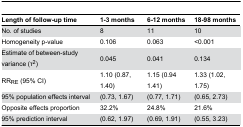
| Length of follow-up time | 1-3 months | 6-12 months | 18-98 months |
 | --- | --- | --- | --- |
 | No. of studies | 8 | 11 | 10 |
 | Homogeneity p-value | 0.106 | 0.063 | <0.001 |
 | Estimate of between-study variance (τ2) | 0.045 | 0.041 | 0.134 |
 | RRRE (95% CI) | 1.10 (0.87, 1.40) | 1.15 (0.94 1.41) | 1.33 (1.02, 1.75) |
 | 95% population effects interval | (0.73, 1.67) | (0.77, 1.71) | (0.65, 2.73) |
 | Opposite effects proportion | 32.2% | 24.8% | 21.6% |
 | 95% prediction interval | (0.62, 1.97) | (0.69, 1.91) | (0.55, 3.23) |